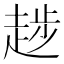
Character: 𧼝